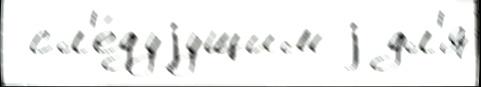
 сл'е́дуjущим j дл'я